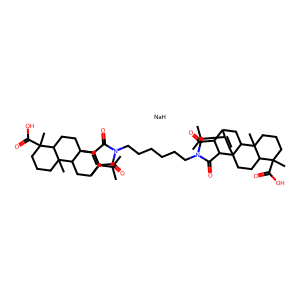
SMILES: CC(C)C1=CC23CCC4C(C)(C(=O)O)CCCC4(C)C2CC1C1C(=O)N(CCCCCCN2C(=O)C4C5CC6C7(C)CCCC(C)(C(=O)O)C7CCC6(C=C5C(C)C)C4C2=O)C(=O)C13.[NaH]
Inhibits HIV replication: No